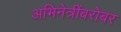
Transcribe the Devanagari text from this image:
अभिनेत्रींबरोबर